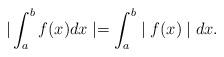
LaTeX: \begin{align*}\vert\int_{a}^{b} f(x) dx \mid = \int_{a}^{b} \mid f(x) \mid dx.\end{align*}